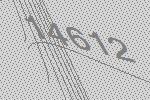
14612